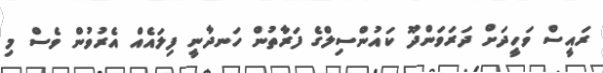
ރައީސް ވަހީދަށް ދަރަވަންދޫ ކައުންސިލްގެ ފަރާތުން ހަނދާނީ ފިލައެއް އެރުވުން ވެސް މި